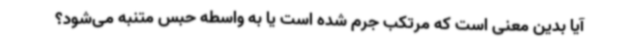
آیا بدین معنی است که مرتکب جرم شده است یا به واسطه حبس متنبه می‌شود؟